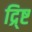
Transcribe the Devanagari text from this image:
द्र्ष्टि